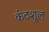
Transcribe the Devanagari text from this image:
कंठशूल